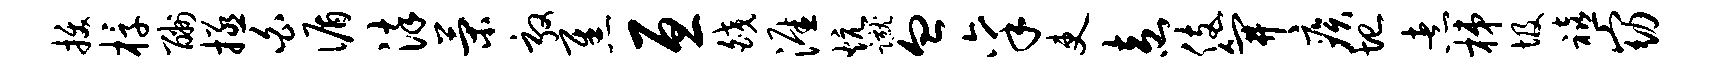
拔椁酬拯白循染策敦焦亘皎涯炕蹴血禀吏盍伎笄疾圮煮梯圾禧窈